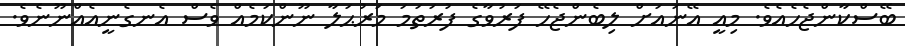
ބޭސްކާންޖެހެއެވެ. މިއީ އޭނައަށް ލިބެންޖެހޭ ފަރުވާގެ ފުރަތަމަ މަރުޙަލާ ނޫންކަމެއް ވެސް އެނގެނީއެއްނޫނެވެ.